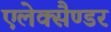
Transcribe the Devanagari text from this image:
एलेक्सैण्डर